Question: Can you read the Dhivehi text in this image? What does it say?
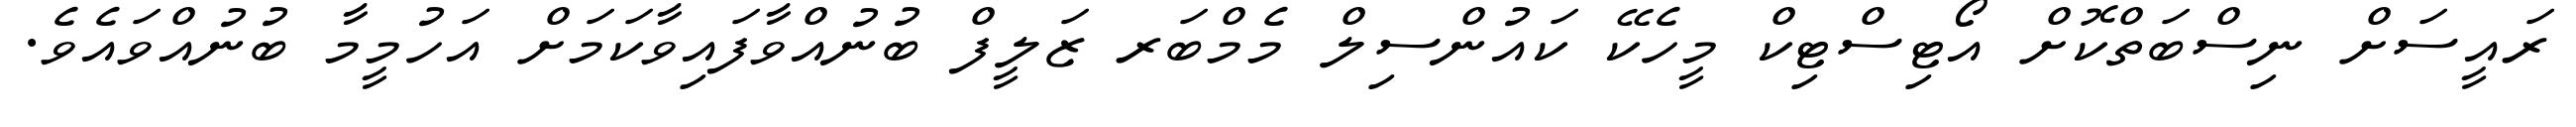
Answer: ރައީސަށް ނިސްބަތްކޮށް އޯޓިސްޓިކް މީހެކޭ ކައުންސިލް މެމްބަރ ޒަލީފް ބުނުއްވާފައިވާކަމަށް އަހުމީމާ ބުނުއްވައެވެ.